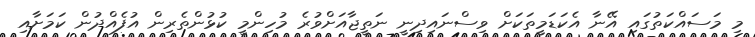
މި މަސައްކަތުގައި އޭނާ އެކަޑަމީތަކަށް ވިސްނައިދިނީ ނަތީޖާއަށްވުރެ މުހިންމީ ކުޅުންތެރިން އުފެއްދުން ކަމަށާއި